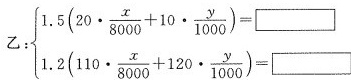
$$乙：\begin { cases }